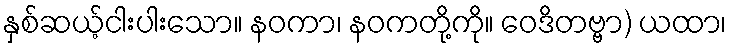
နှစ်ဆယ့်ငါးပါးသော။ နဝကာ၊ နဝကတို့ကို။ ဝေဒိတဗ္ဗာ) ယထာ၊